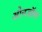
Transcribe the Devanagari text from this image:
ओनडॉस